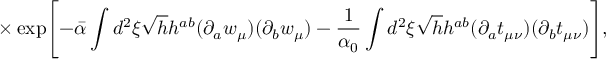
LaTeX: \times \exp \Biggl [ - \bar { \alpha } \int d ^ { 2 } \xi \sqrt { h } h ^ { a b } ( \partial _ { a } w _ { \mu } ) ( \partial _ { b } w _ { \mu } ) - \frac { 1 } { \alpha _ { 0 } } \int d ^ { 2 } \xi \sqrt { h } h ^ { a b } ( \partial _ { a } t _ { \mu \nu } ) ( \partial _ { b } t _ { \mu \nu } ) \Biggr ] ,